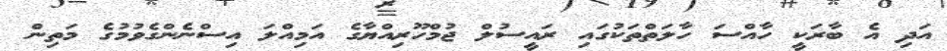
އަދި އެ ބާރަކީ ހާއްސަ ހާލަތްތަކުގައި ރައީސުލް ޖުމްހޫރިއްޔާގެ އަމިއްލަ އިސްނެންގެވުމުގެ މަތިން